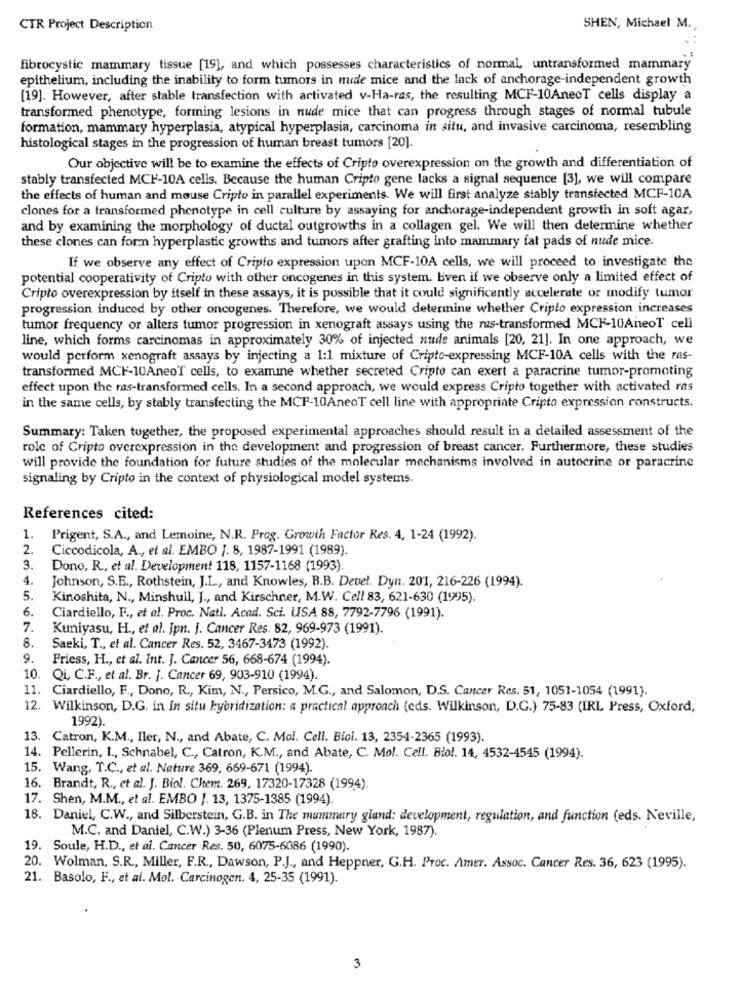
CTR Project Description
SHEN, Michael M.
fibrocystic mammary tissue [19], and which possesses characteristics of normal, untransformed mammary
epithelium, including the inability to form tumors in nude mice and the lack of anchorage-independent growth
[19]. However, after stable transfection with activated v-Ha-ras, the resulting MCF-10AnecT cells display a
transformed phenotype, forming lesions in nude mice that can progress through stages of normal tubule
formation, mammary hyperplasia, atypical hyperplasia, carcinoma in situ, and invasive carcinoma, resembling
histological stages in the progression of human breast tumors [20].
Our objective will be to examine the effects of Cripto overexpression on the growth and differentiation of
stably transfected MCF-10A cells. Because the human Cripto gene lacks a signal sequence [3], we will compare
the effects of human and mouse Cripto in parallel experiments. We will first analyze stably transfected MCF-10A
clones for a transformed phenotype in cell culture by assaying for anchorage-independent growth in soft agar,
and by examining the morphology of ductal outgrowths in a collagen gel. We will then determine whether
these clones can forn hyperplastic growths and tumors after grafting into mammary fat pads of nude mice.
If we observe any effect of Cripto expression upon MCF-10A cells, we will proceed to investigate the
potential cooperativity of Cripto with other oncogenes in this system. Even if we observe only a limited effect of
Cripto overexpression by itself in these assays, it is possible that it could significantly accelerate or modify tumor
progression induced by other oncogenes. Therefore, we would determine whether Cripto expression increases
tumor frequency or alters tumor progression in xenograft assays using the mas-transformed MCF-10AneoT cell
line, which forms carcinomas in approximately 30% of injected nude animals [20, 21]. In one approach, we
would perform xenograft assays by injecting a 1:1 mixture of Cripto-expressing MCF-10A cells with the ras-
transformed MCF-10AneoT cells, to examine whether secreted Cripto can exert a paracrine tumor-promoting
effect upon the ras-transformed cells. In a second approach, we would express Cripto together with activated ras
in the same cells, by stably transfecting the MCP-10AneoT cell line with appropriate Cripto expression constructs.
Summary: Taken together, the proposed experimental approaches should result in a detailed assessment of the
role of Cripto overexpression in the development and progression of breast cancer. Furthermore, these studies
will provide the foundation for future studies of the molecular mechanisms involved in autocrine or paracrine
signaling by Cripto in the context of physiological model systems.
References cited:
1. Prigent, S.A ., and Lemoine, N.R. Prog. Growth Factor Res. 4, 1-24 (1992).
2. Ciccodicola, A ., et al. EMBO J. 8, 1987-1991 (1989).
3.
Dono, R ., et al. Development 118, 1157-1168 (1993).
4.
Johnson, S.E ., Rothstein, J.L ., and Knowles, B.B. Devel. Dyn. 201, 216-226 (1994).
5.
Kinoshita, N ., Minshull, J ., and Kirschner, M.W. Cell 83, 621-630 (1995).
6.
Ciardiello, E ., et al. Proc. Natl. Acad. Sci. USA 88, 7792-7796 (1991).
7.
Kuniyasu, H ., et al. Jpn. J. Cancer Res. 82, 969-973 (1991).
8.
Saeki, T ., et al. Cancer Res. 52, 3467-3473 (1992).
9.
Friess, H ., et al. Int. J. Cancer 56, 668-674 (1994).
10.
Qi, C.F ., et al. Br. J. Cancer 69, 903-910 (1994).
11. Ciardiello, F ., Dono, R ., Kim, N ., Persico, M.G ., and Salomon, D.S. Cancer Res. 51, 1051-1054 (1991).
12. Wilkinson, D.G. in In situ hybridization: a practical approach (eds. Wilkinson, D.G.) 75-83 (IRL Press, Oxford,
1992).
13. Catron, K.M ., Iler, N ., and Abate, C. Mol. Cell. Biol. 13, 2354-2365 (1993).
14. Pellerin, I ., Schnabel, C ., Catron, K.M ., and Abate, C. Mol. Cell. Biol. 14, 4532-4545 (1994).
15. Wang, T.C ., et al. Nature 369, 669-671 (1994).
16. Brandt, R ., et al. J. Biol. Chem. 269, 17320-17328 (1994).
17. Shen, M.M ., et al. EMBO J. 13, 1375-1385 (1994).
18. Daniel, C.W ., and Silberstein, G.B. in The mummery gland: development, regulation, and function (eds. Neville,
M.C. and Daniel, C.W.) 3-36 (Plenum Press, New York, 1987).
19. Soule, H.D ., et al. Cancer Res. 50, 6075-6086 (1990).
20. Wolman, S.R ., Miller, F.R ., Dawson, P.J ., and Heppner, G.H. Proc. Amer. Assoc. Cancer Res. 36, 623 (1995).
21. Basolo, F ., et al. Mol. Carcinogen. 4, 25-35 (1991).
3